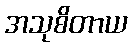
အသုစိတာယ